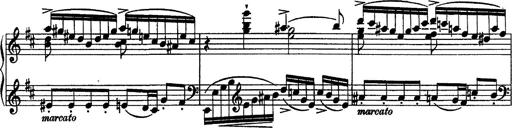
Title: Piano Sonata
Composer: Karl HÃ¤ssler
Key: C major